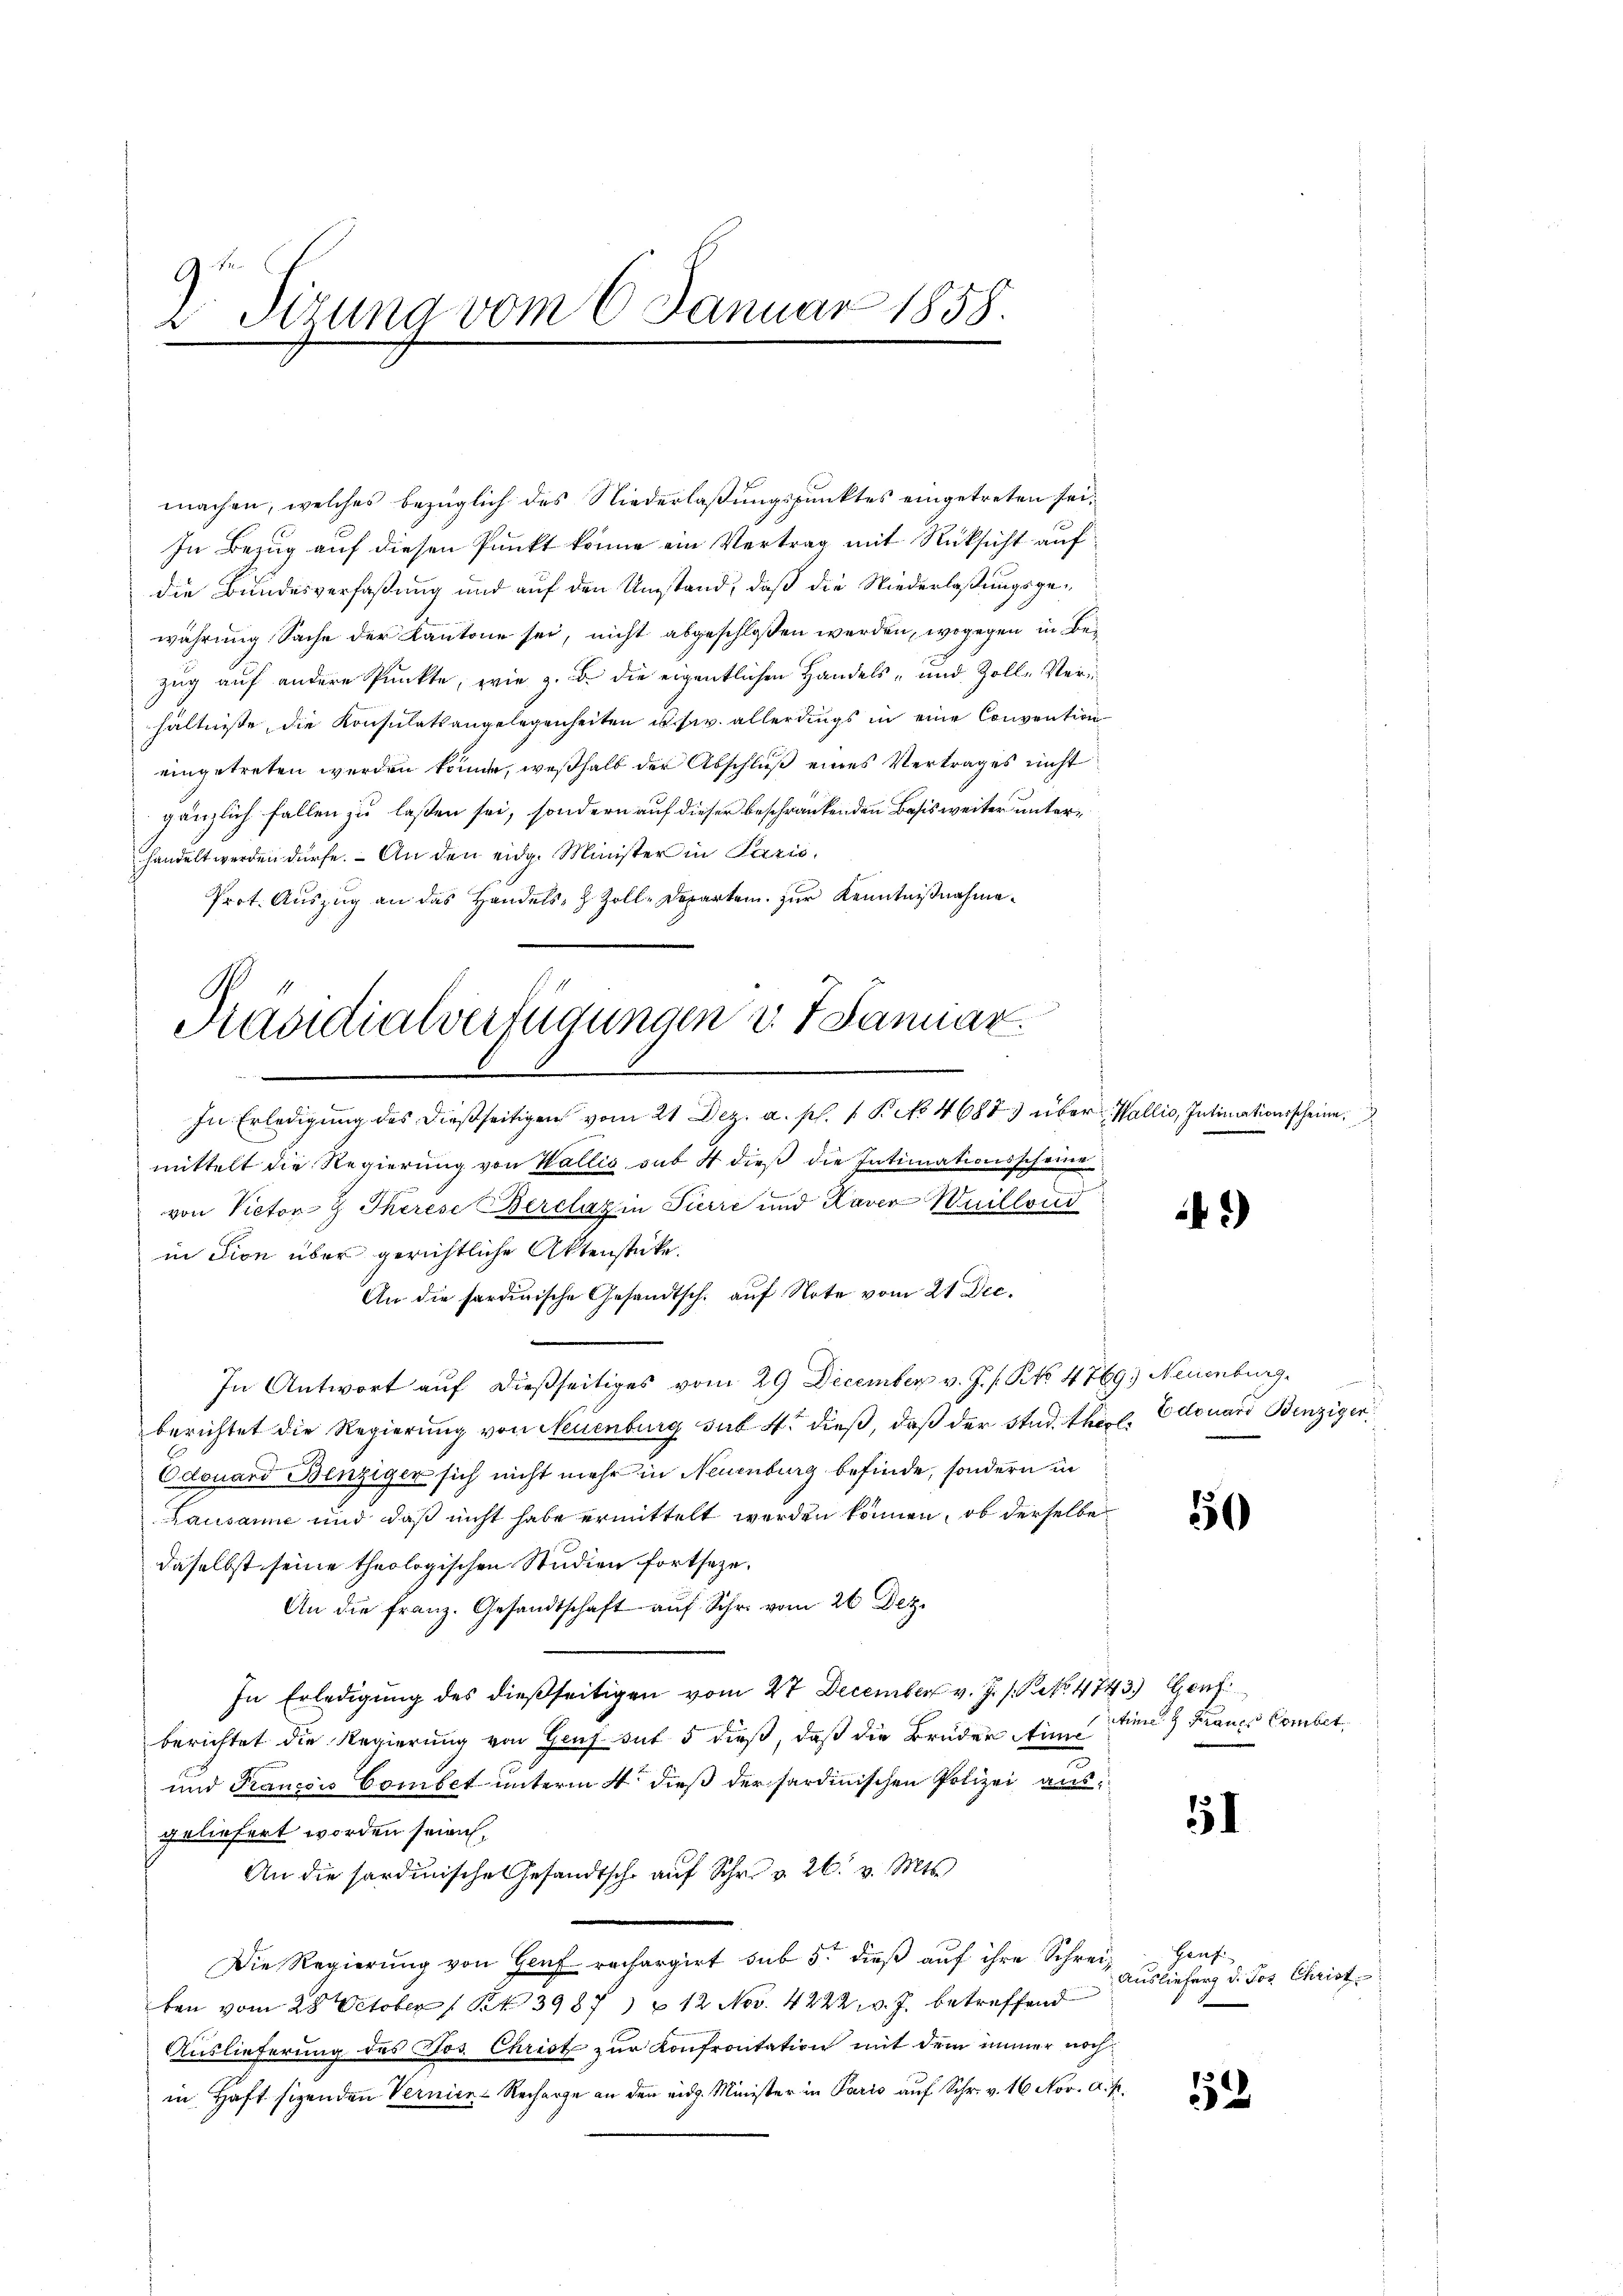
Sizung vom 6. Januar 1858.

machen, welches bezüglich des Niederlaßungspunktes eingetreten sei¬
In Bezug auf diesen Punkt könne ein Vertrag mit Rücksicht auf
die Bundesverfaßung und auf den Umstand, daß die Niederlaßungsgewährung Sache der Kantone sei, nicht abgeschlossen werden, wogegen in Bezug auf andere Punkte, wie z. B. die eigentlichen Handels- und Zolle Verhältnisse, die Konsulatsangelegenheiten u. s. w. allerdings in eine Convention
eingetreten werden könnte, weßhalb der Abschluß eines Vertrages nicht
gänzlich fallen zu lassen sei, sondern auf dieser beschränkenden Basis weiter unterhandelt werden dürfe. An den eidg. Minister in Paris,
Prot. Auszug an das Handels- & Zoll-Departen zur Kenntnißnahme¬

Präsidialverfügungen v. 7. Januar.
In Erledigung des dießseitigen vom 21 Dez. a. p. 1 P. No 46873 über Wallis, Intimationsscheine

mittelt die Regierung von Wallis sub 4 dieß die Intimationsscheine
n
von Victor z Therese Berclaz in Pirre und Kaver Wuillond
in Fion über gerichtliche Aktenstüke.
An die sardinische Gesandtsch. aŭf Note vom 21 Dec.
In Antwort auf dießseitiges vom 29 December v. J. s. No 4769) Neuenburg.
berichtet die Regierung von Neuenburg sub. 4. dieß, daß der Stud. theol. Edouard Benziger
Odouard Binziger sich nicht mehr in Neuenburg befinde, sondern in
Lausanne und daß nicht habe ermittelt werden können, ob derselbe
daselbst seine theologischen Studien fortsetze.
An die franz. Gesandtschaft aŭf Schr. vom 26 Dez.
In Erledigung des dießseitigen vom 27 December v. J. P. Nr. 4743.) Genf
berichtet die Regierung von Graf sut 5 dieß, daß die Brüder Einsinn Frauer Combet
und Franccis Combet unterm 4t dieß der sardinischen Polizei ausgeliefert worden seien.
An die sardinische Gesandtsche auf Schr. v. 26. v. Mts.
Die Regierung von Genf rechargirt sub 5. dieß auf ihre Schreiben vom 28. October 1843987) u 12 Nov. 4222. v. J. betreffend
Auslieferung des Jos. Christ zur Konfrontation mit dem immer nochin Haft sizenden Vernier Recharge an den eidg. Minister in Paris auf Schr. v. 16 Nov. A. R.

*)

50

51

Hauf
Auslieferg d. Jos. Christ

2